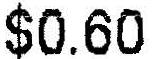
$0.60